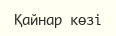
Қайнар көзі